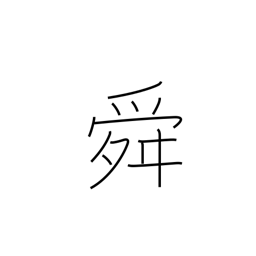
Meaning: rose of Sharon